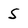
Character: S